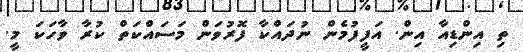
ތި އިންޑިއާ އިން. އަފީފުމެން ނުދައްކާ ފޮރުވަން މަސައްކަތް ކުރާ ވާހަކަ މީ.